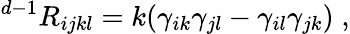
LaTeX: {}^{d-1}R_{ijkl}=k(\gamma_{ik}\gamma_{jl}-\gamma_{il}\gamma_{jk})\; ,